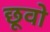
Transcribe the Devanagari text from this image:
छूवो